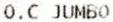
O.C JUMBO